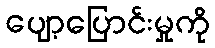
ပျော့ပြောင်းမှုကို